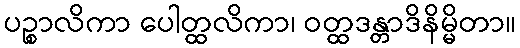
ပဉ္စာလိကာ ပေါတ္ထလိကာ၊ ဝတ္ထဒန္တာဒိနိမ္မိတာ။